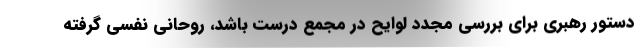
دستور رهبری برای بررسی مجدد لوایح در مجمع درست باشد، روحانی نفسی گرفته